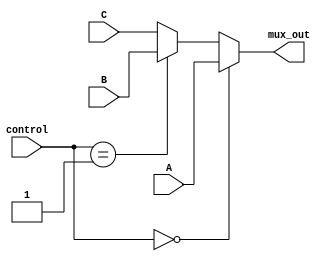
module Mux2_N 
#(parameter N=32)
(
 input [N-1:0] A, B, C,
 input [1:0] control,
 output [N-1:0] mux_out
);

 assign mux_out = (control==2'b00) ? A: (control==2'b01) ? B:C;
endmodule